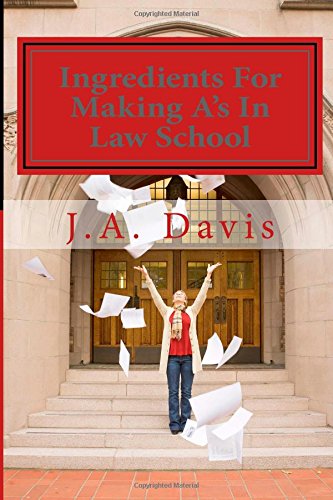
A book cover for Ingredients For Making A's In Law School; J. A. Davis; Education & Teaching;